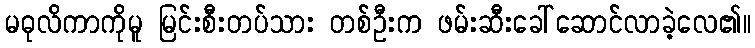
မဓုလိကာကိုမူ မြင်းစီးတပ်သား တစ်ဦးက ဖမ်းဆီးခေါ်ဆောင်လာခဲ့လေ၏။